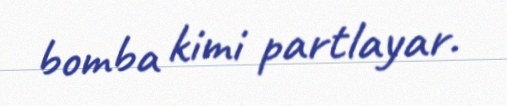
bomba kimi partlayar.